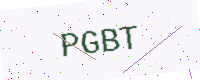
Text: PGBT